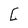
Character: C